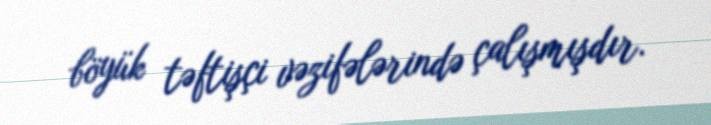
böyük təftişçi vəzifələrində çalışmışdır.